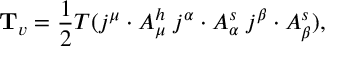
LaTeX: { \bf T } _ { v } = \frac { 1 } { 2 } T ( j ^ { \mu } \cdot A _ { \mu } ^ { h } \; j ^ { \alpha } \cdot A _ { \alpha } ^ { s } \; j ^ { \beta } \cdot A _ { \beta } ^ { s } ) ,